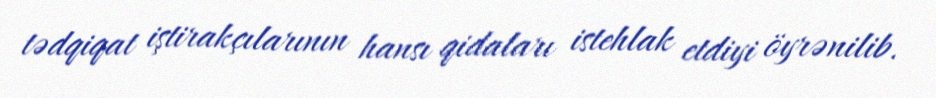
tədqiqat iştirakçılarının hansı qidaları istehlak etdiyi öyrənilib.